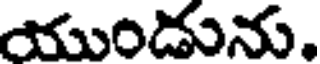
యుండును.